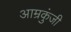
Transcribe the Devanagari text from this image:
आम्रकुंजी